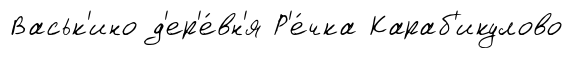
Васьк'ино д'ер'е́вн'я Р'е́чка Караб'икулово